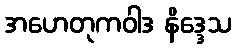
အဟေတုကဝါဒ နိဒ္ဒေသ